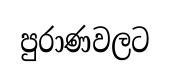
පුරාණවලට